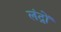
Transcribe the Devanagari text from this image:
लंद्रों